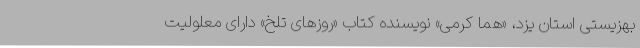
بهزیستی استان یزد، «هما کرمی» نویسنده کتاب «روزهای تلخ» دارای معلولیت